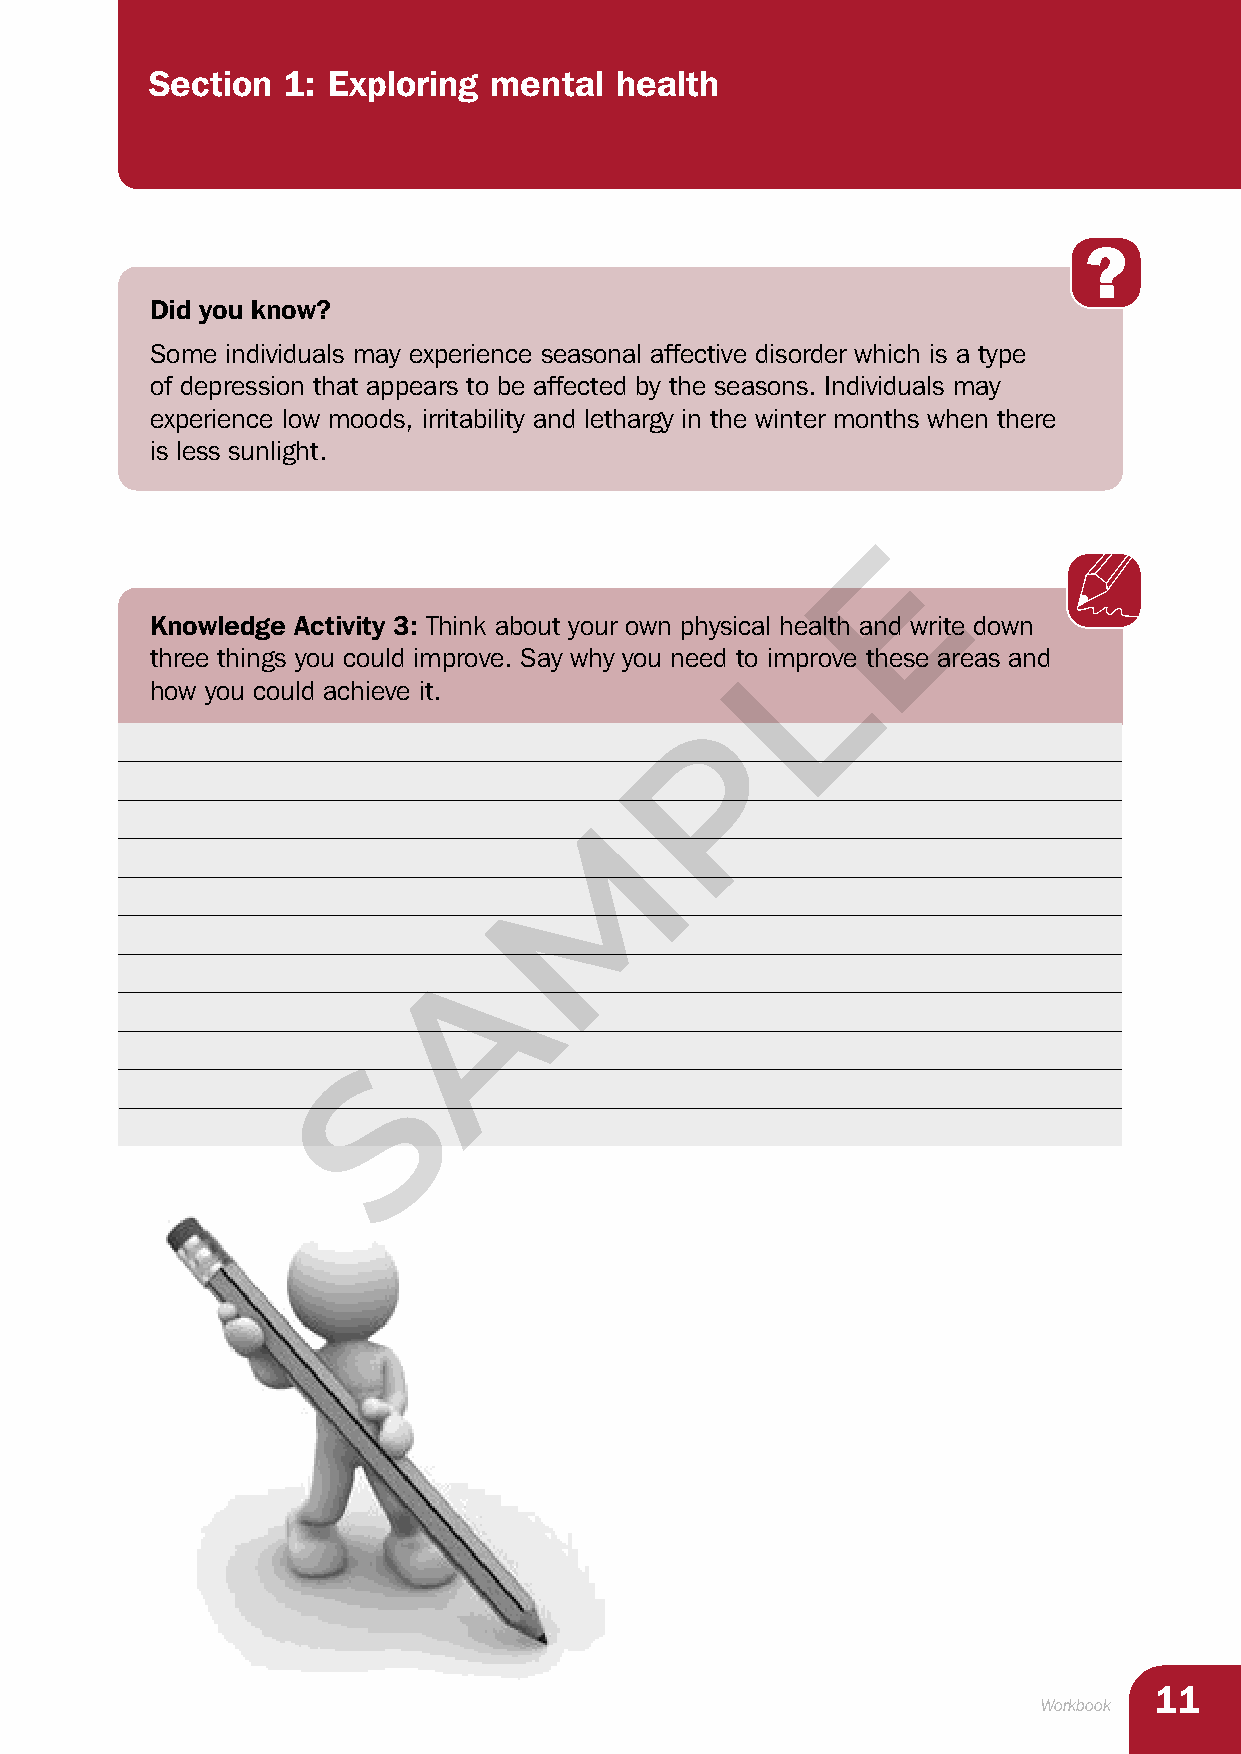
Section  1: Exploring mental   health
 Did you know?
 Some individuals may experience seasonal affective disorder which is a type
 of depression that appears to be affected by the seasons. Individuals may
 experience low moods, irritability and lethargy in the winter months when there
 is less sunlight.
 E
 Knowledge Activity 3: Think about your own physical health and write down
 L
 three things you could improve. Say why you need to improve these areas and
 how you could achieve it.
 P
 M
 A
 S
 11
 Workbook